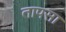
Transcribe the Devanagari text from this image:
तापसा